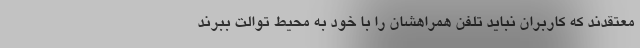
معتقدند که کاربران نباید تلفن همراهشان را با خود به محیط توالت ببرند